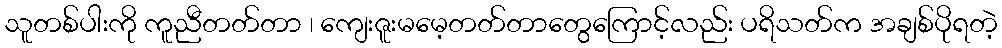
သူတစ်ပါးကို ကူညီတတ်တာ ၊ ကျေးဇူးမမေ့တတ်တာတွေကြောင့်လည်း ပရိသတ်က အချစ်ပိုရတဲ့